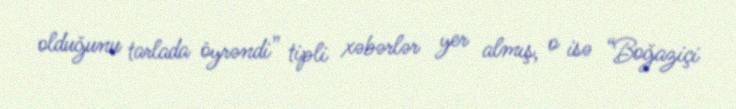
olduğunu tarlada öyrəndi” tipli xəbərlər yer almış, o isə “Boğaziçi